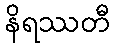
နိရဿတီ